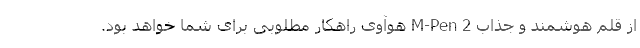
از قلم هوشمند و جذاب M-Pen 2 هوآوی راهکار مطلوبی برای شما خواهد بود.